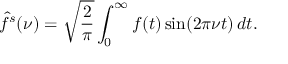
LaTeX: { \hat { f } } ^ { s } ( \nu ) = { \sqrt { \frac { 2 } { \pi } } } \int _ { 0 } ^ { \infty } f ( t ) \sin ( 2 \pi \nu t ) \, d t .